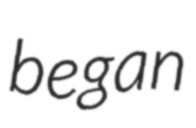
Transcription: began